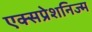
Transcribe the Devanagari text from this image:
एक्सप्रेशनिज्म